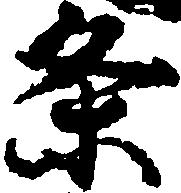
条